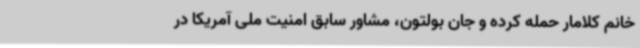
خانم کلامار حمله کرده و جان بولتون، مشاور سابق امنیت ملی آمریکا در